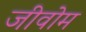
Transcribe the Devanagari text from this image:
जीवोम